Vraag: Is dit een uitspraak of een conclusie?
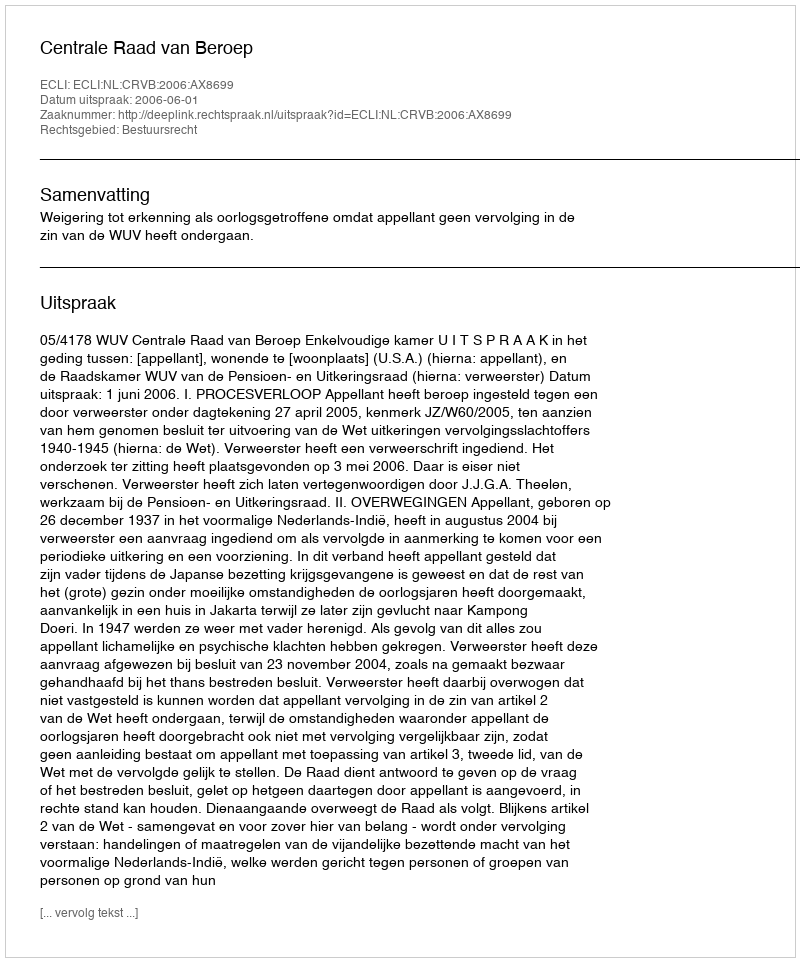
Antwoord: Uitspraak